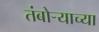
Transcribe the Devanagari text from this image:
तंबोर्‍याच्या